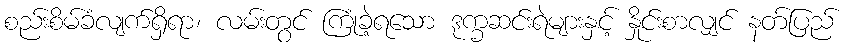
စည်းစိမ်ခံလျက်ရှိရာ၊ လမ်းတွင် ကြုံခဲ့ရသော ဒုက္ခဆင်းရဲများနှင့် နှိုင်းစာလျှင် နတ်ပြည်